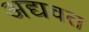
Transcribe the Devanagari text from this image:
अद्यवत